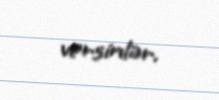
versinlər.